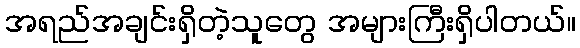
အရည်အချင်းရှိတဲ့သူတွေ အများကြီးရှိပါတယ်။